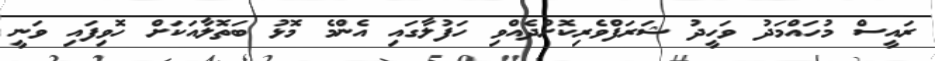
ރައީސް މުހައްމަދު ވަހީދު ޝަރަފްވެރިކޮށްދެއްވި ހަފުލާގައި އެންމެ މޮޅު ބަތޮލާއަކަށް ހޮވިފައި ވަނީ